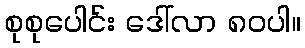
စုစုပေါင်း ဒေါ်လာ ၈၀ပါ။